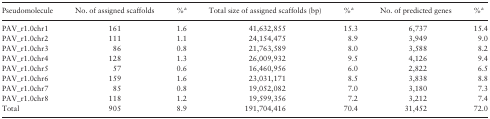
<table><thead><tr><td><b>Pseudomolecule</b></td><td><b>No. of assigned scaffolds</b></td><td><b>%<sup>a</sup></b></td><td><b>Total size of assigned scaffolds (bp)</b></td><td><b>%<sup>a</sup></b></td><td><b>No. of predicted genes</b></td><td><b>%<sup>a</sup></b></td></tr></thead><tbody><tr><td>PAV_r1.0chr1</td><td>161</td><td>1.6</td><td>41,632,855</td><td>15.3</td><td>6,737</td><td>15.4</td></tr><tr><td>PAV_r1.0chr2</td><td>111</td><td>1.1</td><td>24,154,475</td><td>8.9</td><td>3,949</td><td>9.0</td></tr><tr><td>PAV_r1.0chr3</td><td>86</td><td>0.8</td><td>21,763,589</td><td>8.0</td><td>3,588</td><td>8.2</td></tr><tr><td>PAV_r1.0chr4</td><td>128</td><td>1.3</td><td>26,009,932</td><td>9.5</td><td>4,126</td><td>9.4</td></tr><tr><td>PAV_r1.0chr5</td><td>57</td><td>0.6</td><td>16,460,956</td><td>6.0</td><td>2,822</td><td>6.5</td></tr><tr><td>PAV_r1.0chr6</td><td>159</td><td>1.6</td><td>23,031,171</td><td>8.5</td><td>3,838</td><td>8.8</td></tr><tr><td>PAV_r1.0chr7</td><td>85</td><td>0.8</td><td>19,052,082</td><td>7.0</td><td>3,180</td><td>7.3</td></tr><tr><td>PAV_r1.0chr8</td><td>118</td><td>1.2</td><td>19,599,356</td><td>7.2</td><td>3,212</td><td>7.4</td></tr><tr><td>Total</td><td>905</td><td>8.9</td><td>191,704,416</td><td>70.4</td><td>31,452</td><td>72.0</td></tr></tbody></table>